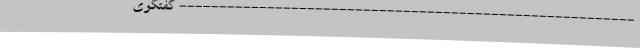
--------------------------------------------------------- گفتگوی